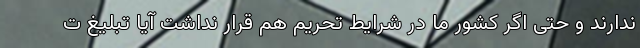
ندارند و حتی اگر کشور ما در شرایط تحریم هم قرار نداشت آیا تبلیغ ت